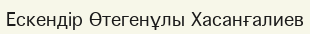
Ескендір Өтегенұлы Хасанғалиев